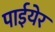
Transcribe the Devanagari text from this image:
पाईयेर